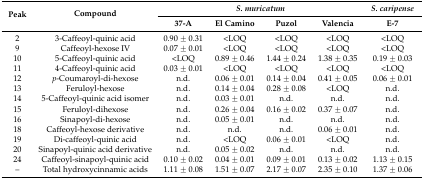
<table><thead><tr><td rowspan="2"><b>Peak</b></td><td rowspan="2"><b>Compound</b></td><td colspan="4"><b><i>S. muricatum</i></b></td><td><b><i>S. caripense</i></b></td></tr><tr><td><b>37-A</b></td><td><b>El Camino</b></td><td><b>Puzol</b></td><td><b>Valencia</b></td><td><b>E-7</b></td></tr></thead><tbody><tr><td>2</td><td>3-Caffeoyl-quinic acid</td><td>0.90 ± 0.31</td><td>&lt;LOQ</td><td>&lt;LOQ</td><td>&lt;LOQ</td><td>&lt;LOQ</td></tr><tr><td>9</td><td>Caffeoyl-hexose IV</td><td>0.07 ± 0.01</td><td>&lt;LOQ</td><td>&lt;LOQ</td><td>&lt;LOQ</td><td>&lt;LOQ</td></tr><tr><td>10</td><td>5-Caffeoyl-quinic acid</td><td>&lt;LOQ</td><td>0.89 ± 0.46</td><td>1.44 ± 0.24</td><td>1.38 ± 0.35</td><td>0.19 ± 0.03</td></tr><tr><td>11</td><td>4-Caffeoyl-quinic acid</td><td>0.03 ± 0.01</td><td>&lt;LOQ</td><td>&lt;LOQ</td><td>&lt;LOQ</td><td>&lt;LOQ</td></tr><tr><td>12</td><td><i>p</i>-Coumaroyl-di-hexose</td><td>n.d.</td><td>0.06 ± 0.01</td><td>0.14 ± 0.04</td><td>0.41 ± 0.05</td><td>0.06 ± 0.01</td></tr><tr><td>13</td><td>Feruloyl-hexose</td><td>n.d.</td><td>0.14 ± 0.04</td><td>0.28 ± 0.08</td><td>&lt;LOQ</td><td>n.d.</td></tr><tr><td>14</td><td>5-Caffeoyl-quinic acid isomer</td><td>n.d.</td><td>0.03 ± 0.01</td><td>n.d.</td><td>n.d.</td><td>n.d.</td></tr><tr><td>15</td><td>Feruloyl-dihexose</td><td>n.d.</td><td>0.26 ± 0.04</td><td>0.16 ± 0.02</td><td>0.37 ± 0.07</td><td>n.d.</td></tr><tr><td>16</td><td>Sinapoyl-di-hexose</td><td>n.d.</td><td>0.05 ± 0.01</td><td>n.d.</td><td>n.d.</td><td>n.d.</td></tr><tr><td>18</td><td>Caffeoyl-hexose derivative</td><td>n.d.</td><td>n.d.</td><td>n.d.</td><td>0.06 ± 0.01</td><td>n.d.</td></tr><tr><td>19</td><td>Di-caffeoyl-quinic acid</td><td>n.d.</td><td>&lt;LOQ</td><td>0.06 ± 0.01</td><td>&lt;LOQ</td><td>n.d.</td></tr><tr><td>20</td><td>Sinapoyl-quinic acid derivative</td><td>n.d.</td><td>0.05 ± 0.02</td><td>n.d.</td><td>n.d.</td><td>n.d.</td></tr><tr><td>24</td><td>Caffeoyl-sinapoyl-quinic acid</td><td>0.10 ± 0.02</td><td>0.04 ± 0.01</td><td>0.09 ± 0.01</td><td>0.13 ± 0.02</td><td>1.13 ± 0.15</td></tr><tr><td>–</td><td>Total hydroxycinnamic acids</td><td>1.11 ± 0.08</td><td>1.51 ± 0.07</td><td>2.17 ± 0.07</td><td>2.35 ± 0.10</td><td>1.37 ± 0.06</td></tr></tbody></table>